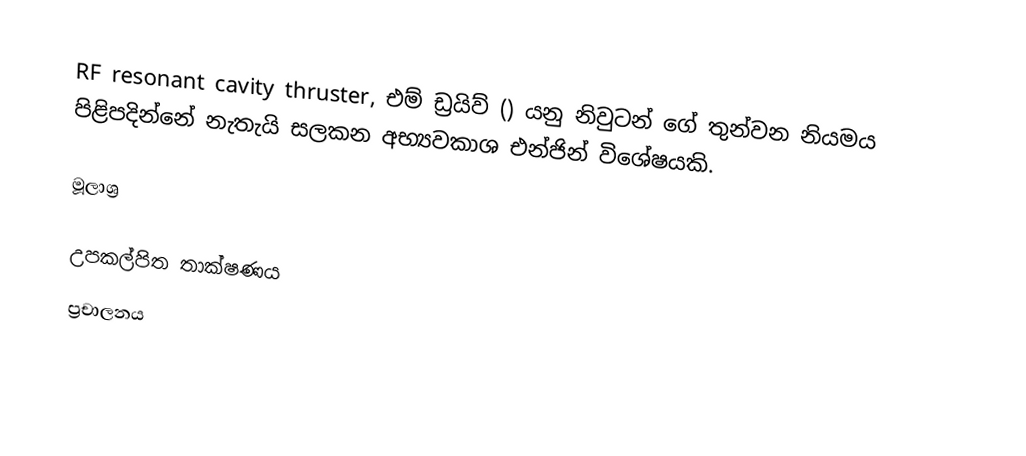
RF resonant cavity thruster, එම් ඩ්‍රයිව් () යනු නිවුටන් ගේ තුන්වන නියමය පිළිපදින්නේ නැතැයි සලකන අභ්‍යවකාශ එන්ජින් විශේෂයකි.

මූලාශ්‍ර

උපකල්පිත තාක්ෂණය
ප්‍රචාලනය